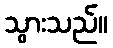
သွားသည်။